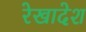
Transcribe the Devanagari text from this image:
रेखादेश